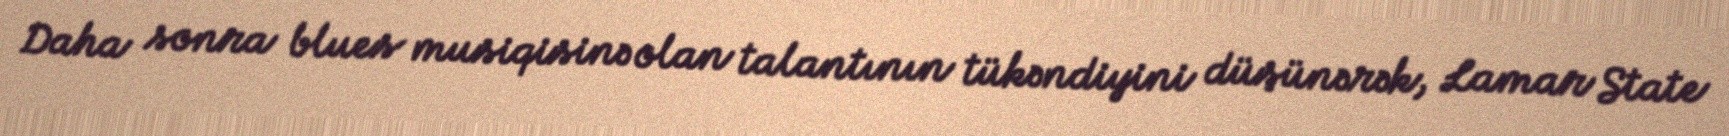
Daha sonra blues musiqisinə olan talantının tükəndiyini düşünərək, Lamar State